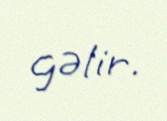
gəlir.